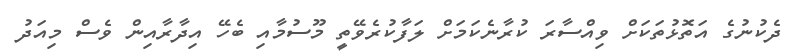
ދެކުނުގެ އަތޮޅުތަކަށް ވިއްސާރަ ކުރާނެކަމަށް ލަފާކުރެވޭތީ މޫސުމާއި ބެހޭ އިދާރާއިން ވެސް މިއަދު